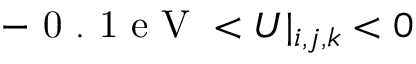
- \mathrm { ~ 0 ~ . ~ 1 ~ e ~ V ~ } < U | _ { i , j , k } < 0